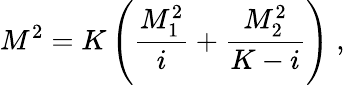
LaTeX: M^{2}=K\left(\frac{M_{1}^{2}}{i}+\frac{M_{2}^{2}}{K-i}\right)\; ,